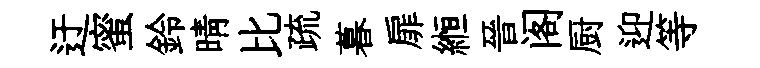
迂蜜鈴晴比疏暮扉縆晉阁厨迎等